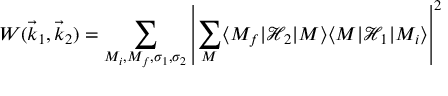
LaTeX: W ( { \vec { k } } _ { 1 } , { \vec { k } } _ { 2 } ) = \sum _ { M _ { i } , M _ { f } , \sigma _ { 1 } , \sigma _ { 2 } } \left| \sum _ { M } \langle M _ { f } | { \mathcal { H } } _ { 2 } | M \rangle \langle M | { \mathcal { H } } _ { 1 } | M _ { i } \rangle \right| ^ { 2 }